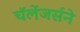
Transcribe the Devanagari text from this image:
चॅलेंजर्सने